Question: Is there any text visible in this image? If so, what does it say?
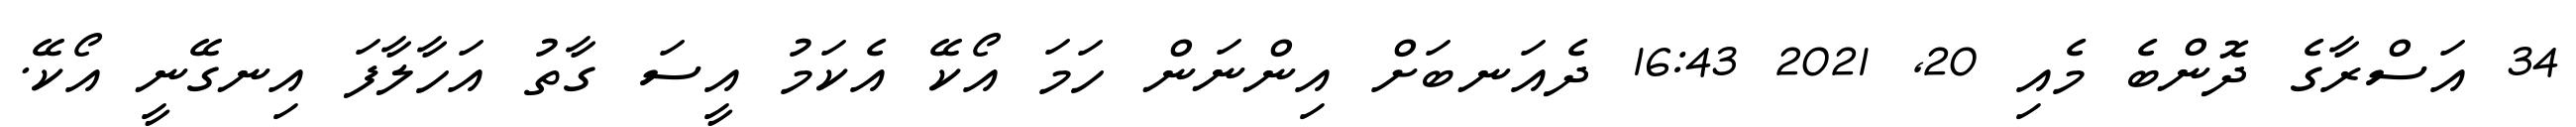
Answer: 34 އަސްރާގެ ދޮންބެ މެއި 20, 2021 16:43 ދެއަނބަށް އިންނަން ހަމަ އޯކޭ އެކަމު އީސަ ގާތު އަހާލާފަ އިނގޭނީ އޯކޭ.